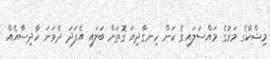
މިޝްކާގެ މަރުގެ މައްސަލައިގެ ކަން ހިނގާދިޔަ ގޮތަށް ބަލައި އެފަދަ ދެވަނަ ހާދިސާއެއް